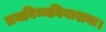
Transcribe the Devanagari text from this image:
त्रजविघ्नविनाशनः।